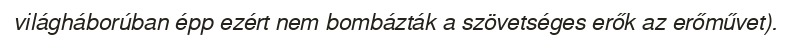
világháborúban épp ezért nem bombázták a szövetséges erők az erőművet).